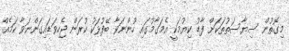
މިގޮތުން ސިޔާސަތުތަކަށް ފާޑު ކިޔުމަކީ އެމަގާމުގައި ހުންނަވާ ބޭފުޅަކު ކުރަން ޖެހިވަޑައިގަންނަވާ ކަމެއް